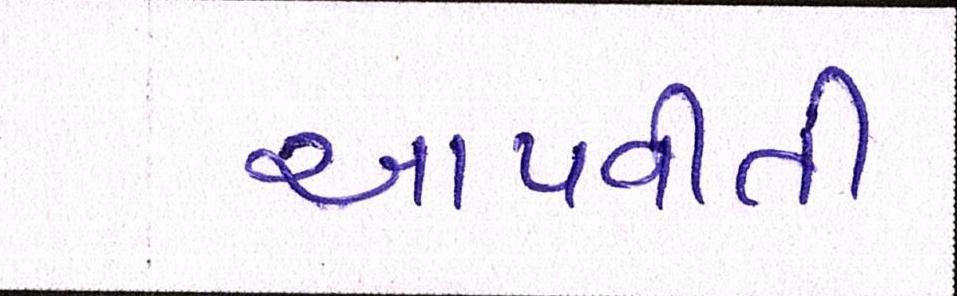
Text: આપવીતી